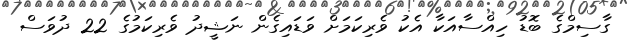
ގާސިމްގެ ބޮޑު ހިއްސާއަކާ އެކު ވެރިކަމަށް ވަޑައިގެން ނަޝީދު ވެރިކަމުގެ 22 ދުވަސް